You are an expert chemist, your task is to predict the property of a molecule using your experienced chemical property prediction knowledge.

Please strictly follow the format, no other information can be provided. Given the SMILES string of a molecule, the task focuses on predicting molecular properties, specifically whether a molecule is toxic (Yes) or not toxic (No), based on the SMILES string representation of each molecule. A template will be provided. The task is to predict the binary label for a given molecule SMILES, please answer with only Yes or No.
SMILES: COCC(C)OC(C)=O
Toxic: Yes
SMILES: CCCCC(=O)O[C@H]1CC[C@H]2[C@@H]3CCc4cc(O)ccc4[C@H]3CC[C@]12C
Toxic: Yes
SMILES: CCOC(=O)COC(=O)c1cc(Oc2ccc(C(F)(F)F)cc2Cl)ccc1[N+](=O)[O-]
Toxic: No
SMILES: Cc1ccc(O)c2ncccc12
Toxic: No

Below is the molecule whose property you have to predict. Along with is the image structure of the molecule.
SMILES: CC(=O)OCc1ccccc1
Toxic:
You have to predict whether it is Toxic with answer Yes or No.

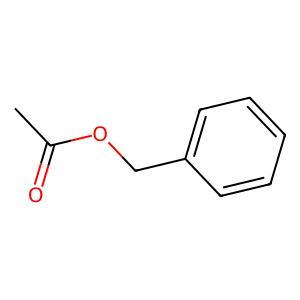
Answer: No